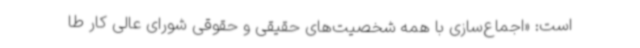
است: «اجماع‌سازی با همه شخصیت‌های حقیقی و حقوقی شورای عالی کار طا